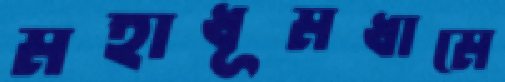
মহাধূমধামে